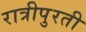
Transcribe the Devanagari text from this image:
रात्रीपुरती